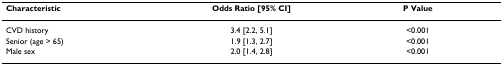
<table><thead><tr><td><b>Characteristic</b></td><td><b>Odds Ratio [95% CI]</b></td><td><b>P Value</b></td></tr></thead><tbody><tr><td>CVD history</td><td>3.4 [2.2, 5.1]</td><td>&lt;0.001</td></tr><tr><td>Senior (age &gt; 65)</td><td>1.9 [1.3, 2.7]</td><td>&lt;0.001</td></tr><tr><td>Male sex</td><td>2.0 [1.4, 2.8]</td><td>&lt;0.001</td></tr></tbody></table>